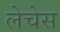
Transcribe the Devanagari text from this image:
लेचेस